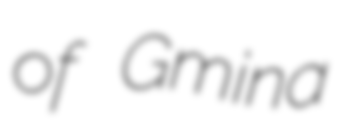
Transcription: of Gmina